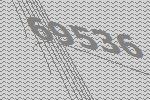
69536